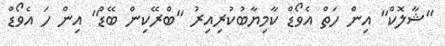
"ޝާލޮކް" އިން ހަތް އެވޯޑް ކާމިޔާބުކުރިއިރު "ބްރޭކިން ބޭޑް" އިން ހަ އެވޯޑް